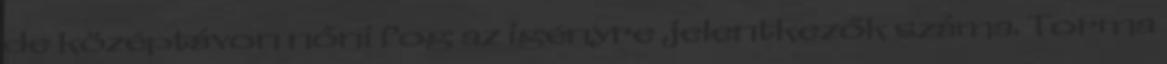
de középtávon nőni fog az igényre jelentkezők száma. Torma